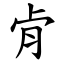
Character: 肻